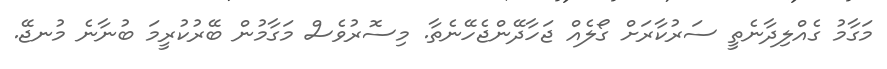
މަގާމު ގެއްލިދާނެތީ ސަރުކާރަށް ގޯލެއް ޖަހާދޭންޖެހޭނެތާ. މިސޮރުވެސް މަގާމުން ބޭރުކުރީމަ ބުނާނެ މުނޖޭ.